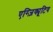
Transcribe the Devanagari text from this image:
एग्ज़िक्यूटिव